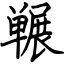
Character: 冁